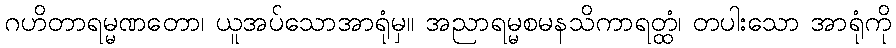
ဂဟိတာရမ္မဏတော၊ ယူအပ်သောအာရုံမှ။ အညာရမ္မစမနသိကာရတ္ထံ၊ တပါးသော အာရုံကို